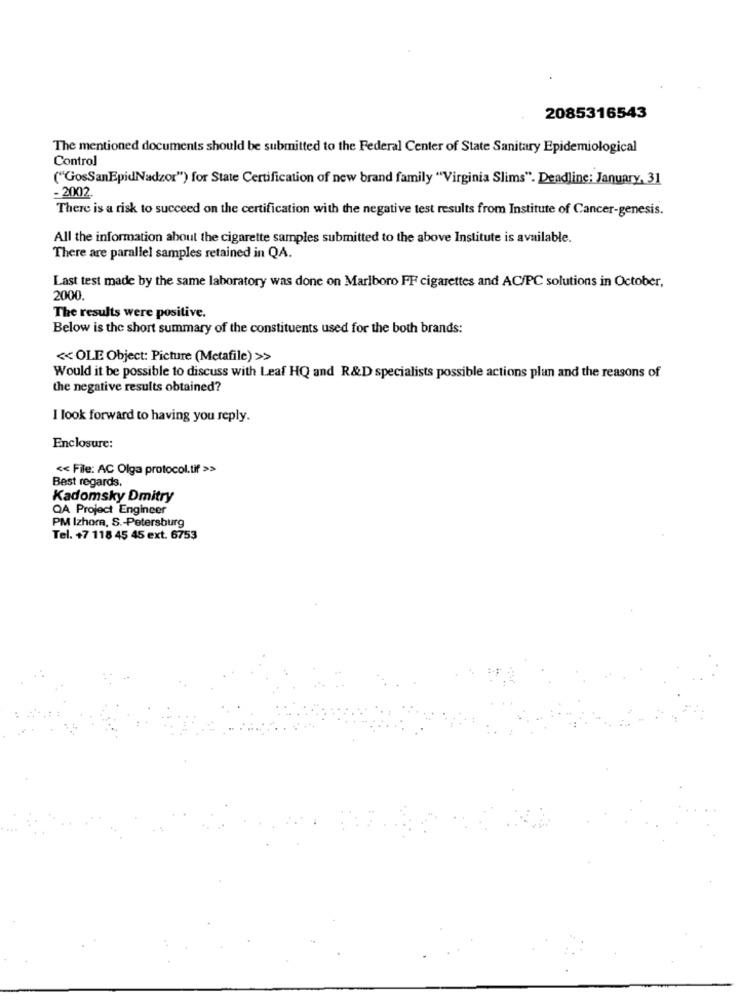
2085316543
The mentioned documents should be submitted to the Federal Center of State Sanitary Epidemiological
Control
("GosSanEpidNadzor") for State Certification of new brand family "Virginia Slims". Deadline; January, 31
-2002
There is a risk to succeed on the certification with the negative test results from Institute of Cancer-genesis.
All the information about the cigarette samples submitted to the above Institute is available.
There are parallel samples retained in QA.
Last test made by the same laboratory was done on Marlboro FF cigarettes and AC/PC solutions in October,
2000.
The results were positive.
Below is the short summary of the constituents used for the both brands:
<< OLE Object: Picture (Metafile) >>
Would it be possible to discuss with Leaf HQ and R&D specialists possible actions plan and the reasons of
the negative results obtained?
I look forward to having you reply.
Enclosure:
<< File: AC Olga protocol.tif >>
Best regards,
Kadomsky Dmitry
QA Project Engineer
PM Izhora, S .- Petersburg
Tel. +7 118 45 45 ext. 6753